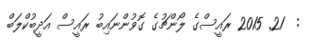
:  21